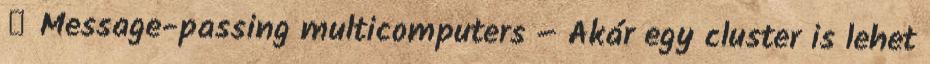
● Message-passing multicomputers – Akár egy cluster is lehet